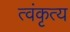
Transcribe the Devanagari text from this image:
त्वंकृत्य